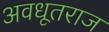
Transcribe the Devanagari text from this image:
अवधूतराज